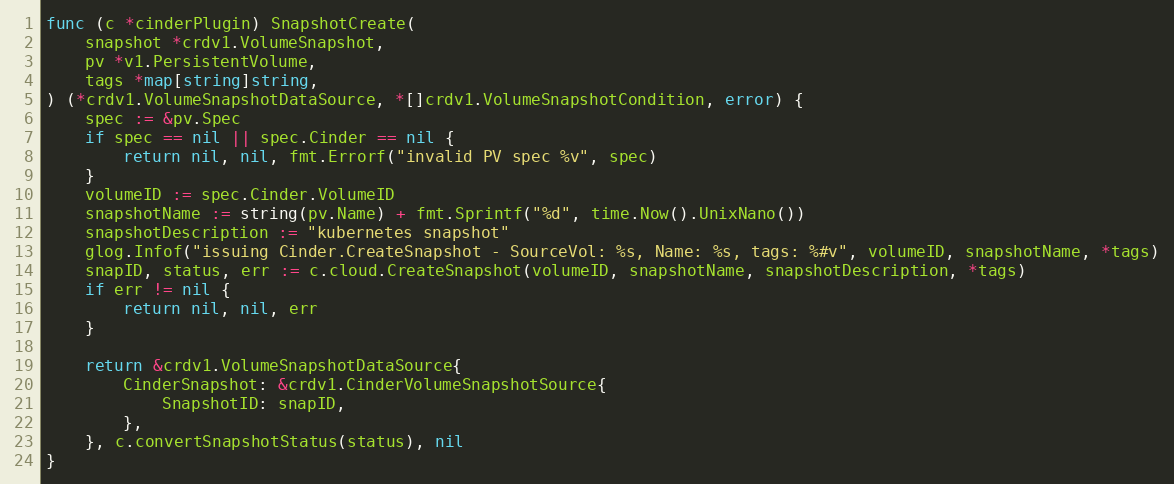
Language: Go
func (c *cinderPlugin) SnapshotCreate(
	snapshot *crdv1.VolumeSnapshot,
	pv *v1.PersistentVolume,
	tags *map[string]string,
) (*crdv1.VolumeSnapshotDataSource, *[]crdv1.VolumeSnapshotCondition, error) {
	spec := &pv.Spec
	if spec == nil || spec.Cinder == nil {
		return nil, nil, fmt.Errorf("invalid PV spec %v", spec)
	}
	volumeID := spec.Cinder.VolumeID
	snapshotName := string(pv.Name) + fmt.Sprintf("%d", time.Now().UnixNano())
	snapshotDescription := "kubernetes snapshot"
	glog.Infof("issuing Cinder.CreateSnapshot - SourceVol: %s, Name: %s, tags: %#v", volumeID, snapshotName, *tags)
	snapID, status, err := c.cloud.CreateSnapshot(volumeID, snapshotName, snapshotDescription, *tags)
	if err != nil {
		return nil, nil, err
	}

	return &crdv1.VolumeSnapshotDataSource{
		CinderSnapshot: &crdv1.CinderVolumeSnapshotSource{
			SnapshotID: snapID,
		},
	}, c.convertSnapshotStatus(status), nil
}